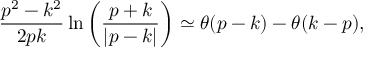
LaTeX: { \frac { p ^ { 2 } - k ^ { 2 } } { 2 p k } } \ln \left( { \frac { p + k } { \left| p - k \right| } } \right) \simeq \theta ( p - k ) - \theta ( k - p ) ,